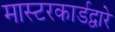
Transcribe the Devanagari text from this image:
मास्टरकार्डद्वारे